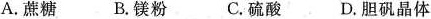
A.蔗糖 B.镁粉 C.硫酸 D.胆矾晶体